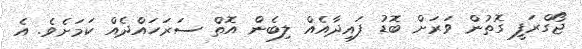
ޖޯގްރަފީ ގޮތުން ވަރަށް ބޮޑު ފައިދާއެއް ލިބެން އޮތް ސަރަހައްދެއް ކަމަށެވެ. އެ